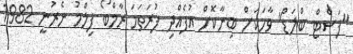
"ފަސްޓް ބްލަޑް" ވާހަކަށް ބިނާކޮށް އުފެއްދި ފުރަތަމަ ރާމްބޯ ފިލްމު ނެރުނީ 1982